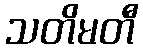
သတိမတီ